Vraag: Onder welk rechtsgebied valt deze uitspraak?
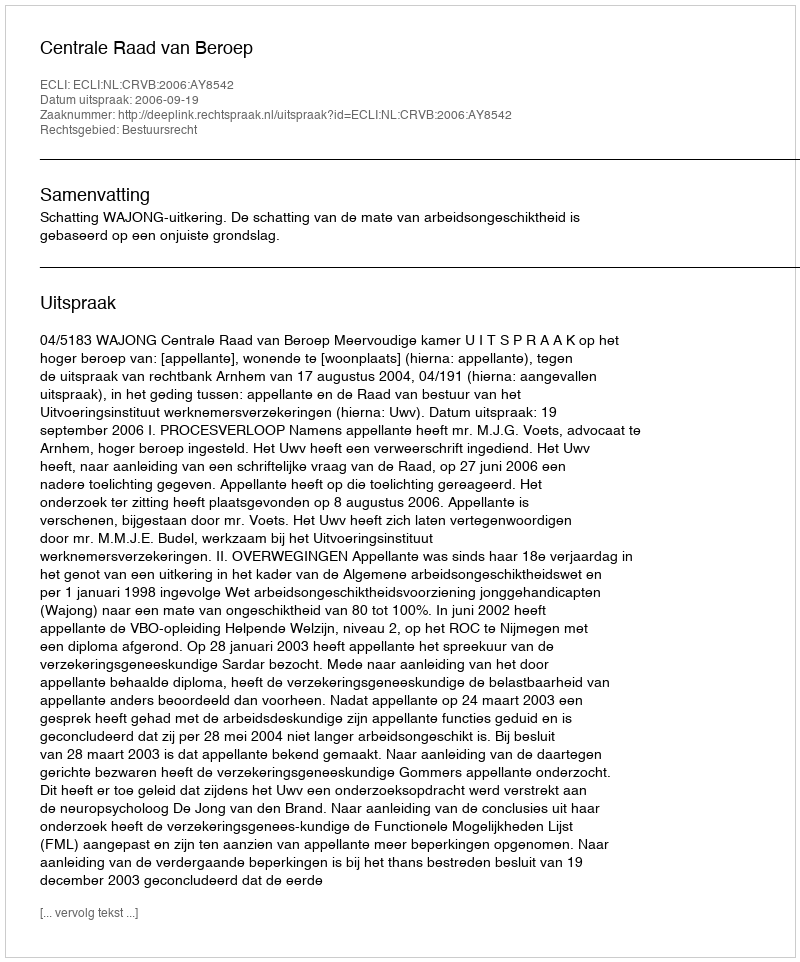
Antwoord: Bestuursrecht